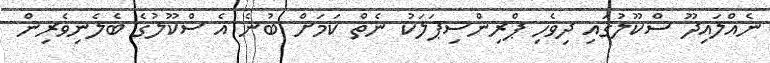
ނެއްލައިދޫ ސްކޫލުގައި ދިވެހި ޕްރިންސިޕަލަކު ނެތް ކަމަށް ބުނެ އެ ސްކޫލުގެ ބެލެނިވެރިން